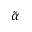
\tilde { \alpha }